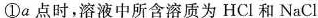
①a点时，溶液中所含溶质为HCl和NaCl